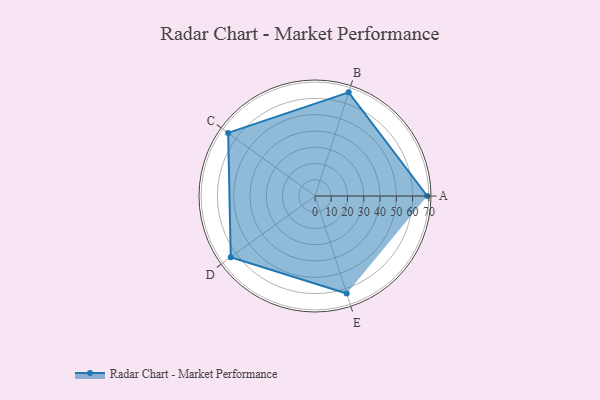
{"axis": {"x": "Skill", "y": "Score"}, "legend": ["Profile"], "data": [{"x": "A", "y": 69.0, "type": "Profile"}, {"x": "B", "y": 67.0, "type": "Profile"}, {"x": "C", "y": 66.0, "type": "Profile"}, {"x": "D", "y": 64.0, "type": "Profile"}, {"x": "E", "y": 63.0, "type": "Profile"}]}